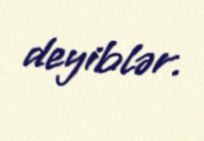
deyiblər.